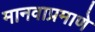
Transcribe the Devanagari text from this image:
मानवाप्रमाणे